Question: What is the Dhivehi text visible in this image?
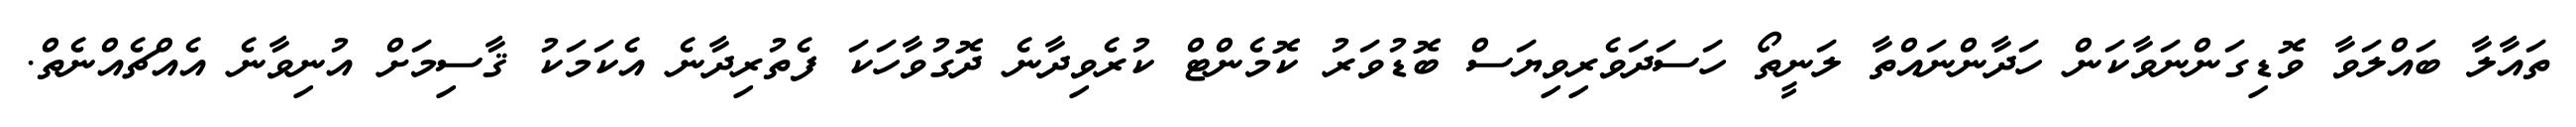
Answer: ތައާލާ ބައްލަވާ ވޮޑިގަންނަވާކަން ހަދާންނައްތާ ލަނީތޯ ހަސަދަވެރިވިޔަސް ބޮޑުވަރު ކޮމެންޓް ކުރެވިދާނެ ދޮގުވާހަކަ ފެތުރިދާނެ އެކަމަކު ޤާސިމަށް އުނިވާނެ އެއްޗެއްނެތް.